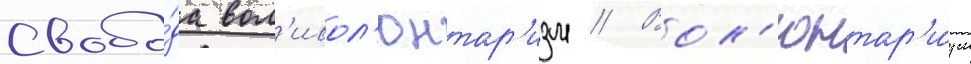
Свобо́да вол'ивол'юнтар'изм // Вол'юнтар'и́зм